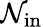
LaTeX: {\mathcal{N}}_{\mathrm{in}}